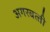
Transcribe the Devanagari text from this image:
अगरबत्‍ती